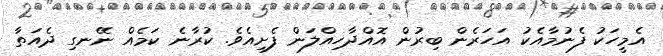
އެމީހަކު ފެނުމާއެކު އަހަރެން ބިރުން އޮއްދާހިއްލަން ފެށިއެވެ. ކުރާނެ ކަމެއް ނޭނގި ދެއަތާ